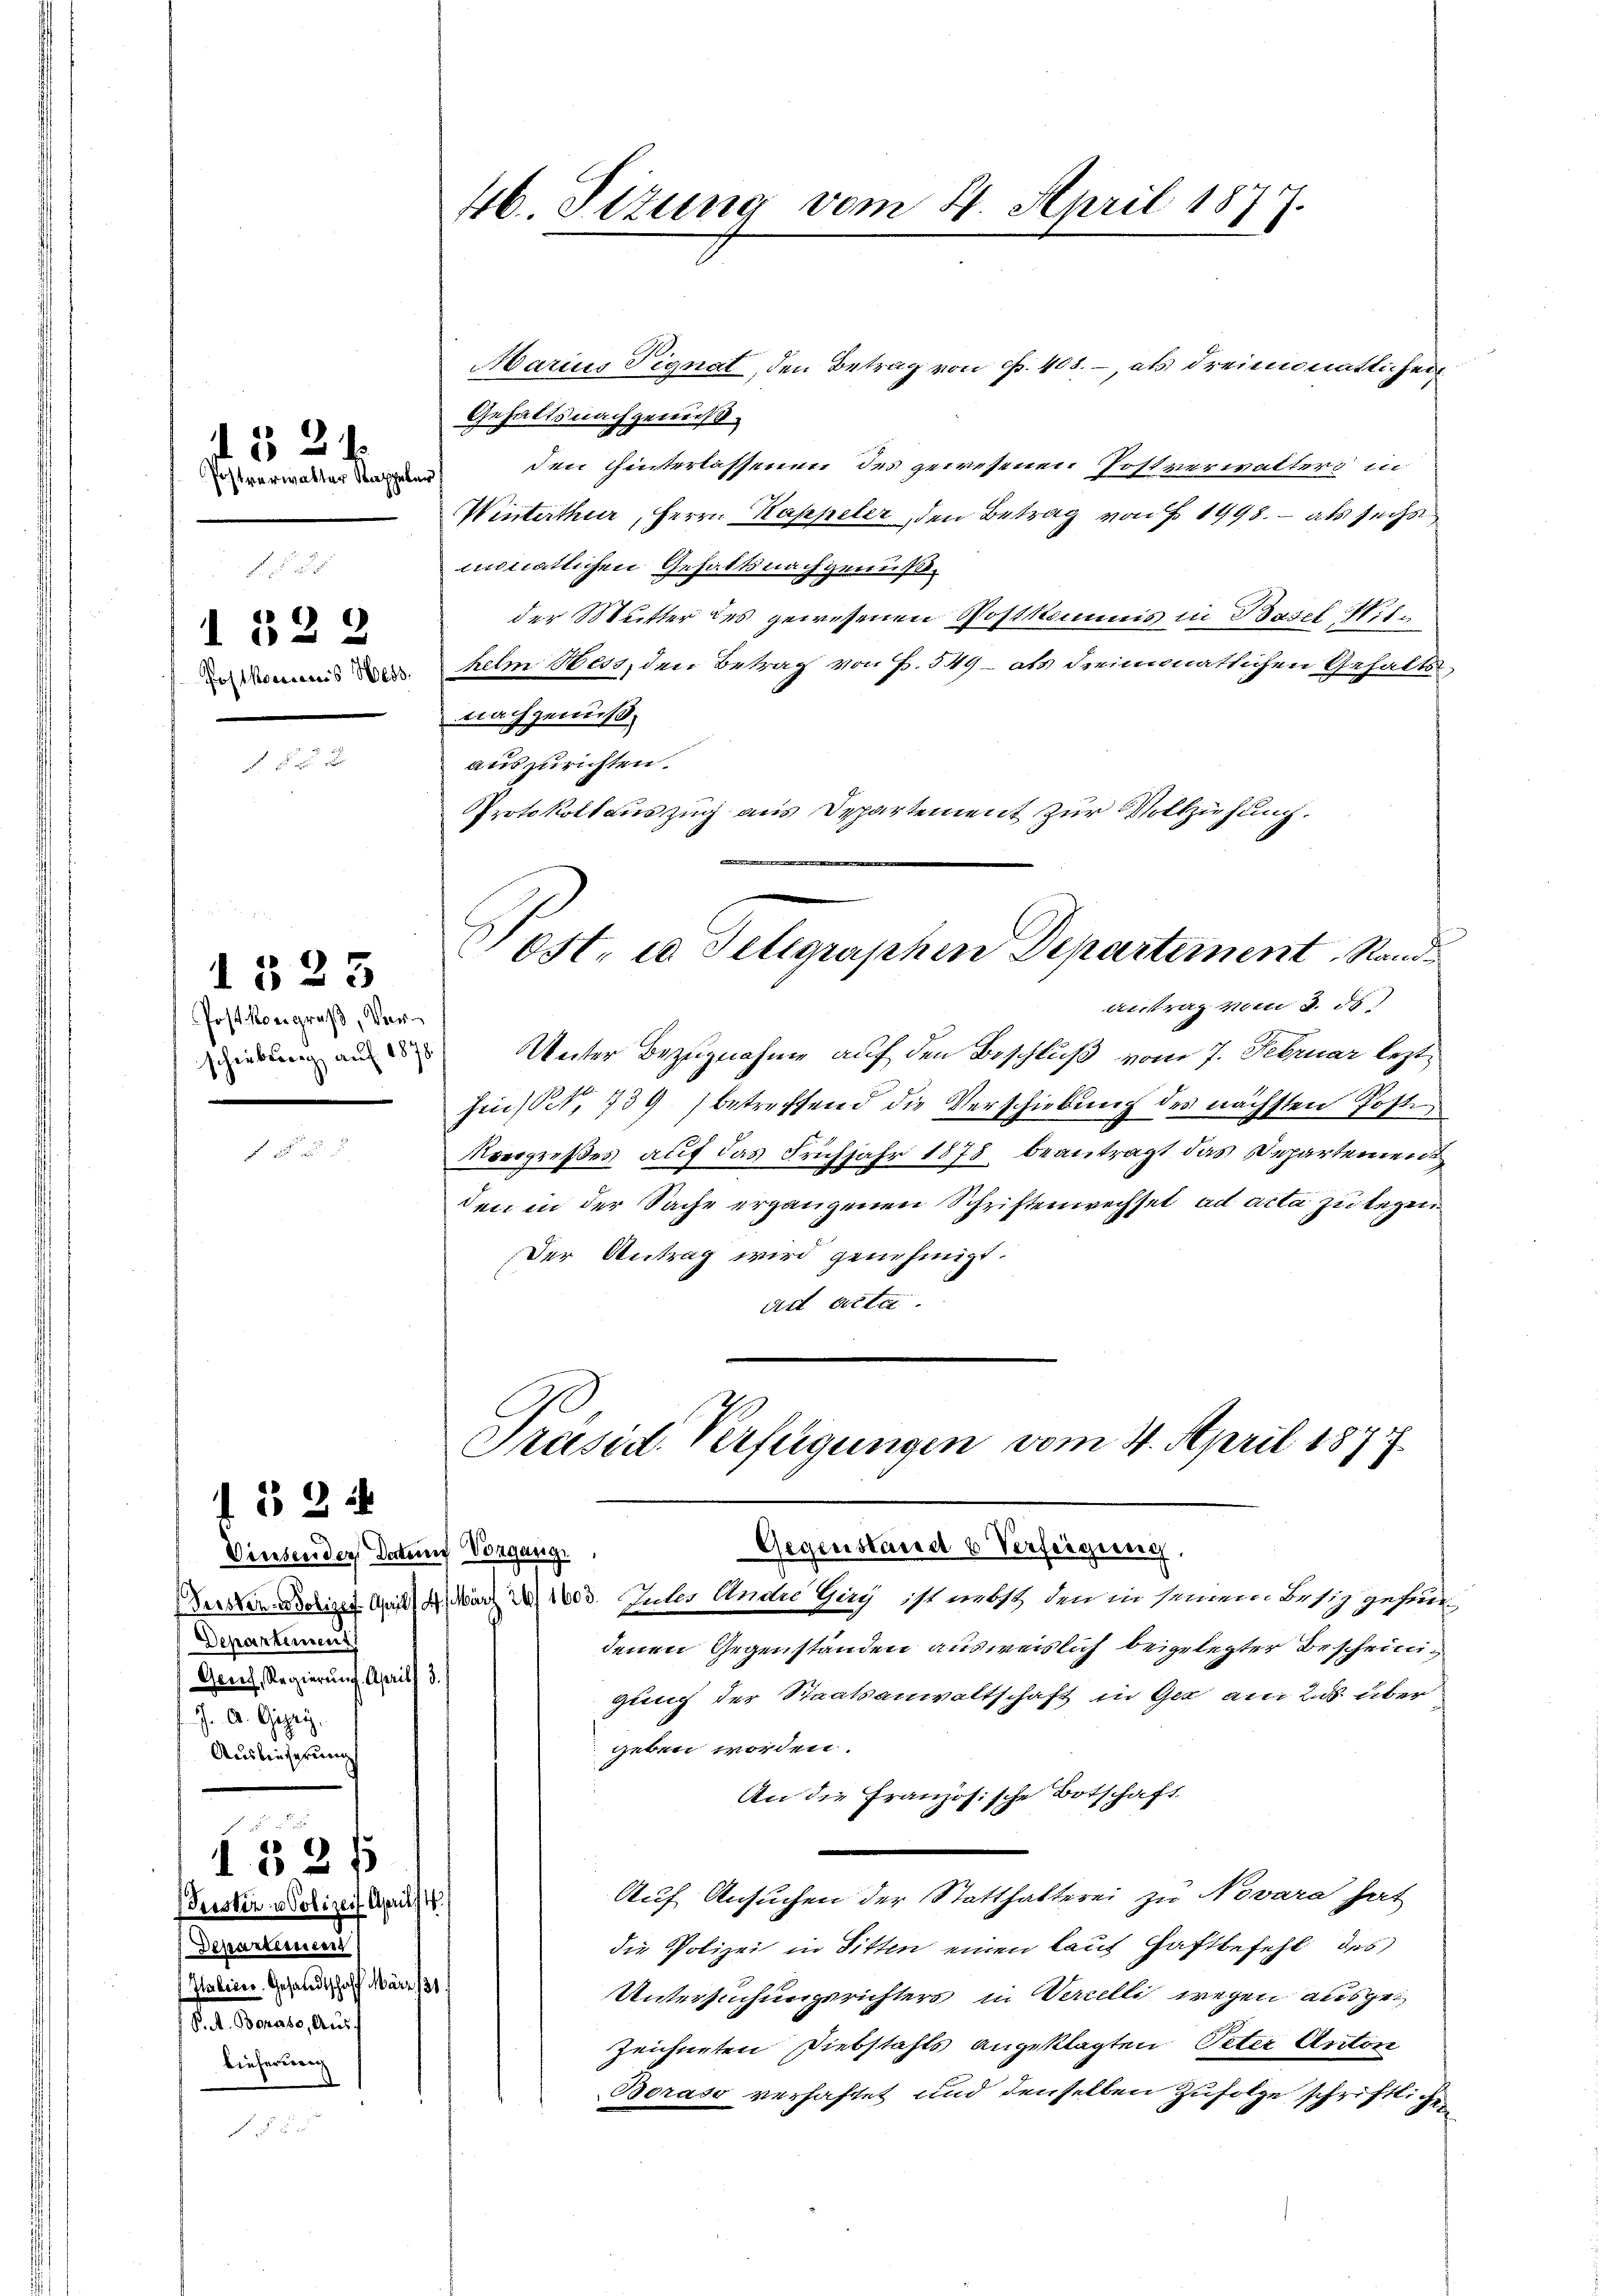
Postverwalter Kappeler

152 f

1 522
Posthorenes Hess

Post Kongreß, Ver¬

1525

f 52

1325
Geistin u Polizei Aprilist.
Departement
Italienr. Gesandtschafft März 1
P. A. Borase, Aus¬
Lieferung

46. Sizung vom 24. April 1877.

Vinsenden Datum Vorgang.
Departement
Genf, Regierung. Aprill 3.)
J. A. Ggey.
Ausbiegerung

Marius Pignat, den Betrag von Fr. 408. – als dreimonatlichen
Gehalts nachgemeßden Hinterlassenen des gewesenen Postverwalters in
Winterthur, Herrn Kappeler, den Betrag von § 1998. – als sechs
minatlichen Gehaltsnachgenuß.
der Mutter des gewesenen Postkommis in Basel Withelm Hess, den Betrag von Fr. 549 - als dreimonatlichen Gehalts
nachgenuß.
auszurichten.
PProtokollauszug aus Departement zur Vollzuhung.

Sost. u. Telegraphen Departement Randantrag vom 3. ds.

id an Unter Bezugnahme auf den Beschluß vom 7. Februar leztheit. 739) betreffend die Verschiebung des nächsten Poste
Noergreßes auf das Frühjahr 1878 beantragt das Departemen
den in der Sache ergangenen Schriftenwechsel ad acta zu legen
Der Antrag wird genehmigt.
art Acta.

Präsid. Verfügungen vom 4. April 1877.

Gegenstand b Verfeigung
Derren chirt Guil 4. März 21003. Juler Andre Gery ist nebst den in seinem Besiz gefundenen Gegenständen ausweislich beigelegter Bescheinigung der Staatsanwaltschaft in Ges am 28 über
geben worden.
An die Französische Botschaft
Auf Ansuchen der Statthalterei zu Novara hat
die Polizei in Sitten einen laut Haftbefehl des
Untersuchungsrichters in Verzelli wegen ausget
Zeichneten Diebstahls angeklagten Peter Anton
Boraso verhaftet und denselben Zufolge schriftlichen